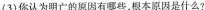
(3)你认为明亡的原因有哪些，根本原因是什么?